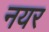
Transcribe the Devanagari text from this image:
नयर